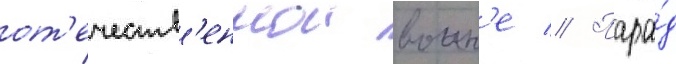
от'ечеств'еннои воин'е // Пара́д